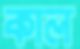
কাল